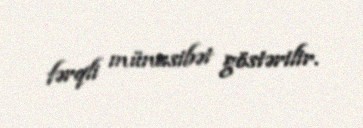
fərqli münasibət göstərilir.